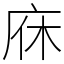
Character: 庥